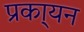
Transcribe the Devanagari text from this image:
प्रका्यन